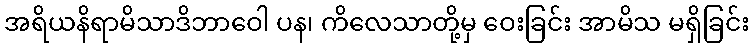
အရိယနိရာမိသာဒိဘာဝေါ ပန၊ ကိလေသာတို့မှ ဝေးခြင်း အာမိသ မရှိခြင်း